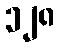
၁၂၈